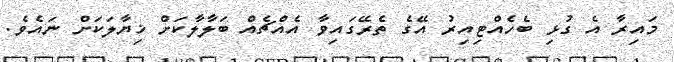
މައިރާ އެ ގުޅި ބެހެއްޓިއިރު އޭގެ ތެރޭގައިވާ އެއްޗެއް ބަލާލާކަށް ޚިޔާލަކަށް ނައެވެ.